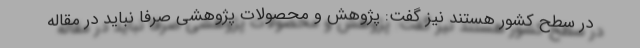
در سطح کشور هستند نیز گفت: پژوهش و محصولات پژوهشی صرفا نباید در مقاله